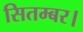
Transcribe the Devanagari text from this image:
सितम्बर।